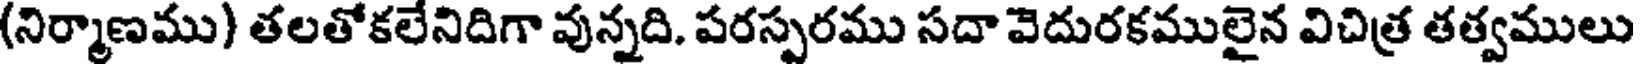
(నిర్మాణము) తలతోకలేనిదిగా వున్నది. పరస్పరము సదా వెదురకములైన విచిత్ర తత్వములు